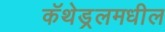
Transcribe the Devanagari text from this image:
कॅथेड्रलमधील